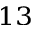
^ { 1 3 }